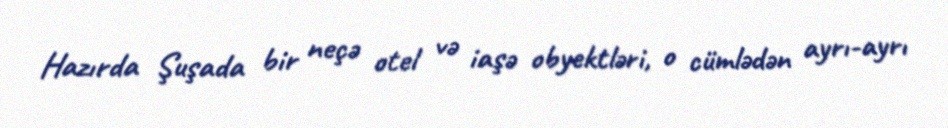
Hazırda Şuşada bir neçə otel və iaşə obyektləri, o cümlədən ayrı-ayrı